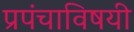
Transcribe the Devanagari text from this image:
प्रपंचाविषयी